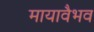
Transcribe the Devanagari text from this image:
मायावैभव